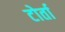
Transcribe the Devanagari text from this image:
टोर्ता